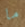
ما